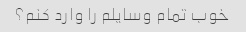
خوب تمام وسایلم را وارد کنم؟